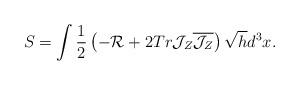
LaTeX: \begin{align*}S=\int\frac{1}{2}\left(-{\cal R}+2Tr{\cal J}_Z\overline{{\cal J}_Z}\right)\sqrt{h}d^3x .\end{align*}